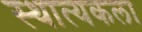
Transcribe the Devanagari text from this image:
स्थात्यकला